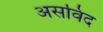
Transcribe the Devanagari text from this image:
असविंद